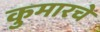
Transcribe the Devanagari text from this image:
कुमारचे